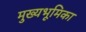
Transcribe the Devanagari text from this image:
मुख्यभूमिका